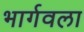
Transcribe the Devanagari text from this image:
भार्गवला